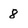
Character: 8